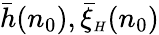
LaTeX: \bar{h}(n_{0}),\bar{\xi}_{{\scriptscriptstyle H}}(n_{0})